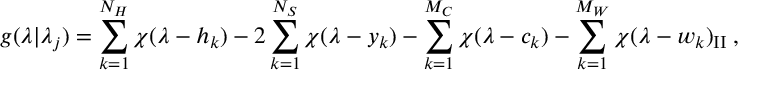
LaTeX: \displaystyle g ( \lambda | \lambda _ { j } ) = \sum _ { k = 1 } ^ { N _ { H } } \chi ( \lambda - h _ { k } ) - 2 \sum _ { k = 1 } ^ { N _ { S } } \chi ( \lambda - y _ { k } ) - \sum _ { k = 1 } ^ { M _ { C } } \chi ( \lambda - c _ { k } ) - \sum _ { k = 1 } ^ { M _ { W } } \chi ( \lambda - w _ { k } ) _ { \mathrm { I I } } \: ,